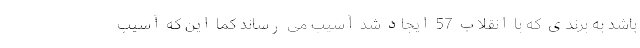
باشد به برندی که با انقلاب 57 ایجاد شد آسیب می رساند کما این که آسیب